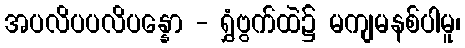
အပလိပပလိပန္နော - ရွှံဗွက်ထဲ၌ မကျမနစ်ပါမူ၊